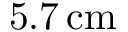
5 . 7 \, \mathrm { c m }